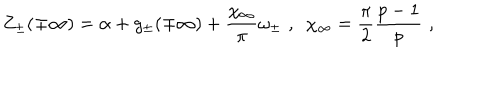
LaTeX: Z _ { \pm } ( \mp \infty ) = \alpha + g _ { \pm } ( \mp \infty ) + \displaystyle \frac { \chi _ { \infty } } { \pi } \omega _ { \pm } \, \, , \, \, \, \chi _ { \infty } = \displaystyle \frac { \pi } { 2 } \displaystyle \frac { p - 1 } { p } \, \, ,